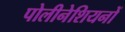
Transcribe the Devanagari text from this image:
पोलीनेशियनों